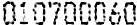
010700060